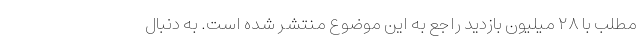
مطلب با ۲۸ میلیون بازدید راجع به این موضوع منتشر شده است. به دنبال